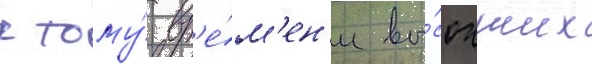
к тому́ вр'е́м'ен'и вы́сохших